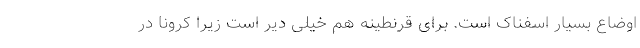
اوضاع بسیار اسفناک است. برای قرنطینه هم خیلی دیر است زیرا کرونا در